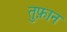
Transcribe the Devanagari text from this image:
तुफ़ान